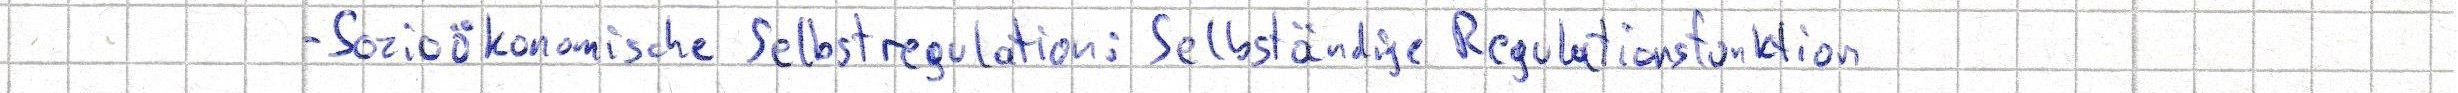
- Sozioökonomische Selbstregulation: Selbständige Regulationsfunktion